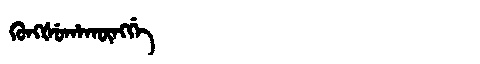
Manchu: ᡴᡠᠩᡧᡠᡥᠠᡴᡡᠩᡤᡝ
Romanization: KUNGŠUHAKŪNGGE